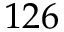
1 2 6